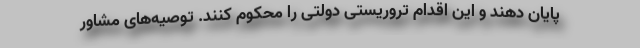
پایان دهند و این اقدام تروریستی دولتی را محکوم کنند. توصیه‌های مشاور